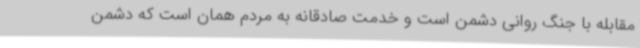
مقابله با جنگ روانی دشمن است و خدمت صادقانه به مردم همان است که دشمن